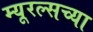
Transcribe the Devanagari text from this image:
म्यूरल्सच्या